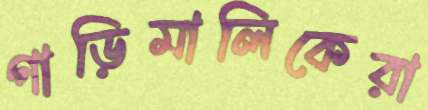
গাড়িমালিকেরা